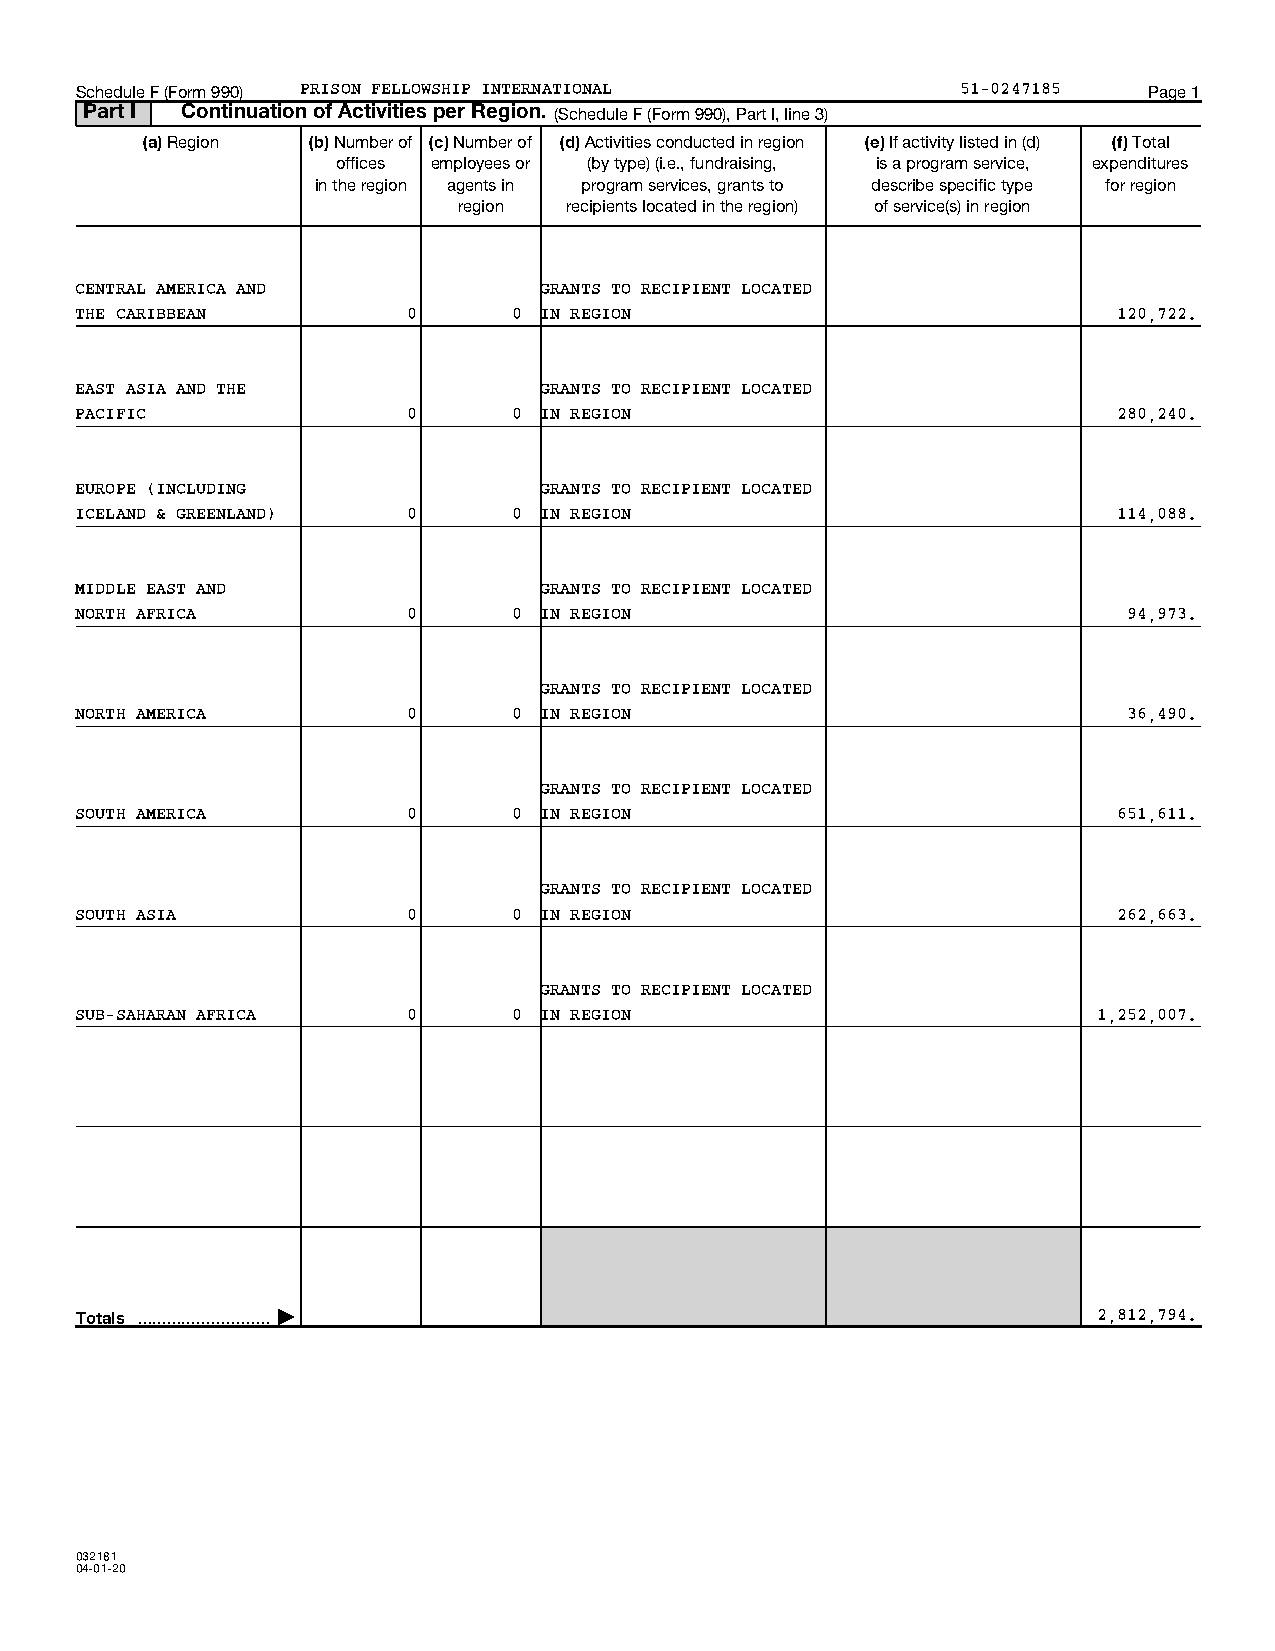
Schedule F (Form 990) PRISON FELLOWSHIP INTERNATIONAL      51-0247185  Page 1
 Part I Continuation of Activities per Region. (Schedule F (Form 990), Part I, line 3)
 (a) Region (b) Number of (c) Number of (d) Activities conducted in region (e) If activity listed in (d) (f) Total
 offices employees or (by type) (i.e., fundraising, is a program service, expenditures
 in the region agents in program services, grants to describe specific type for region
 region  recipients located in the region) of service(s) in region
 CENTRAL AMERICA AND            GRANTS TO RECIPIENT LOCATED
 THE CARIBBEAN         0      0 IN REGION                             120,722.
 EAST ASIA AND THE              GRANTS TO RECIPIENT LOCATED
 PACIFIC               0      0 IN REGION                             280,240.
 EUROPE (INCLUDING              GRANTS TO RECIPIENT LOCATED
 ICELAND & GREENLAND)  0      0 IN REGION                             114,088.
 MIDDLE EAST AND                GRANTS TO RECIPIENT LOCATED
 NORTH AFRICA          0      0 IN REGION                              94,973.
 GRANTS TO RECIPIENT LOCATED
 NORTH AMERICA         0      0 IN REGION                              36,490.
 GRANTS TO RECIPIENT LOCATED
 SOUTH AMERICA         0      0 IN REGION                             651,611.
 GRANTS TO RECIPIENT LOCATED
 SOUTH ASIA            0      0 IN REGION                             262,663.
 GRANTS TO RECIPIENT LOCATED
 SUB-SAHARAN AFRICA    0      0 IN REGION                            1,252,007.
 Totals  |                                                  2,812,794.
 032181
 04-01-20